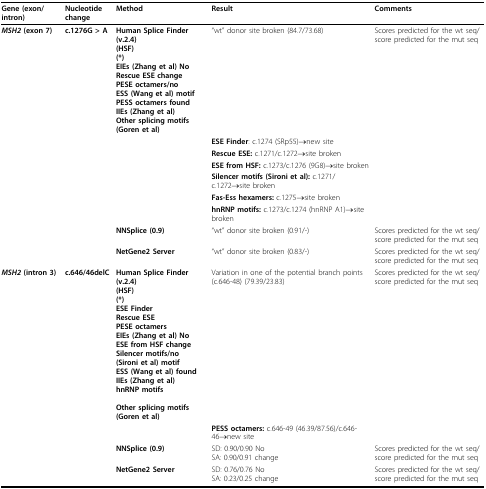
| Gene (exon/intron) | Nucleotide change | Method | Result | Comments |
 | --- | --- | --- | --- | --- |
 | MSH2 (exon 7) | c.1276G > A | Human Splice Finder (v.2.4)(HSF)(*)EIEs (Zhang et al) NoRescue ESE changePESE octamers/noESS (Wang et al) motifPESS octamers foundIIEs (Zhang et al)Other splicing motifs(Goren et al) | "wt" donor site broken (84.7/73.68) | Scores predicted for the wt seq/score predicted for the mut seq |
 |  |  |  | ESE Finder: c.1274 (SRp55)→ new site |  |
 |  |  |  | Rescue ESE: c.1271/c.1272→ site broken |  |
 |  |  |  | ESE from HSF: c.1273/c.1276 (9G8)→site broken |  |
 |  |  |  | Silencer motifs (Sironi et al): c.1271/c.1272→site broken |  |
 |  |  |  | Fas-Ess hexamers: c.1275→ site broken |  |
 |  |  |  | hnRNP motifs: c.1273/c.1274 (hnRNP A1)→site broken |  |
 |  |  | NNSplice (0.9) | "wt" donor site broken (0.91/-) | Scores predicted for the wt seq/score predicted for the mut seq |
 |  |  | NetGene2 Server | "wt" donor site broken (0.83/-) | Scores predicted for the wt seq/score predicted for the mut seq |
 | MSH2 (intron 3) | c.646/46delC | Human Splice Finder (v.2.4)(HSF)(*)ESE FinderRescue ESEPESE octamersEIEs (Zhang et al) NoESE from HSF changeSilencer motifs/no(Sironi et al) motifESS (Wang et al) foundIIEs (Zhang et al)hnRNP motifsOther splicing motifs(Goren et al) | Variation in one of the potential branch points (c.646-48) (79.39/23.83) | Scores predicted for the wt seq/score predicted for the mut seq |
 |  |  |  | PESS octamers: c.646-49 (46.39/87.56)/c.646-46→ new site |  |
 |  |  | NNSplice (0.9) | SD: 0.90/0.90 NoSA: 0.90/0.91 change | Scores predicted for the wt seq/score predicted for the mut seq |
 |  |  | NetGene2 Server | SD: 0.76/0.76 NoSA: 0.23/0.25 change | Scores predicted for the wt seq/score predicted for the mut seq |